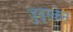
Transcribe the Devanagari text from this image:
जुड्स्केन